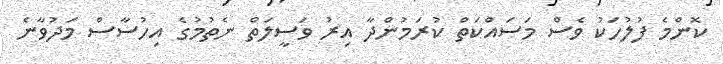
ކޮންމެ ފުލުހަކު ވެސް މަސައްކަތް ކުރަމުންދާ އިރު ވަސީލަތް ނެތުމުގެ އިހުސާސް މަދުވާނެ